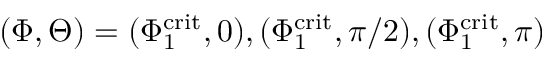
( \Phi , \Theta ) = ( \Phi _ { 1 } ^ { \mathrm { c r i t } } , 0 ) , ( \Phi _ { 1 } ^ { \mathrm { c r i t } } , \pi / 2 ) , ( \Phi _ { 1 } ^ { \mathrm { c r i t } } , \pi )